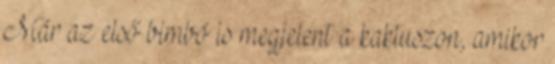
Már az első bimbó is megjelent a kaktuszon, amikor